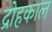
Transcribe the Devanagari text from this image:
द्रोहकाल